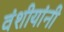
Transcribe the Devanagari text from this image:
वंशीयांनी